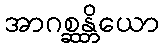
အာဂစ္ဆန္တိယော